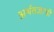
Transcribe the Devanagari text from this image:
अर्थतज्ञाची